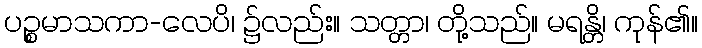
ပဉ္စမာသကာ-လေပိ၊ ၌လည်း။ သတ္တာ၊ တို့သည်။ မရန္တိ၊ ကုန်၏။